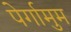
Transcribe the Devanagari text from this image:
पेर्गामुम